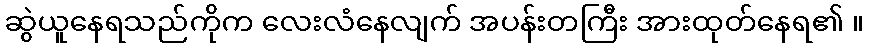
ဆွဲယူနေရသည်ကိုက လေးလံနေလျက် အပန်းတကြီး အားထုတ်နေရ၏ ။